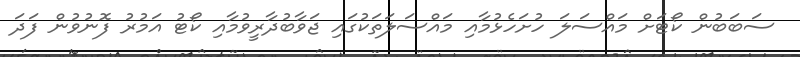
ސަބަބުން ކޯޓަށް މައްސަލަ ހުށަހެޅުމާއި މައްސަލަތަކުގައި ޖަވާބުދާރީވުމާއި ކޯޓު އަމުރު ފޮނުވުން ފަދަ